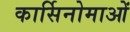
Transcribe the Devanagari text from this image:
कार्सिनोमाओं